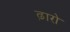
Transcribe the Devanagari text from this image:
ढ़ारो